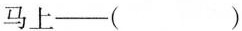
马上——( )